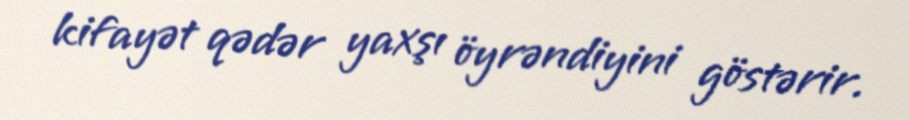
kifayət qədər yaxşı öyrəndiyini göstərir.